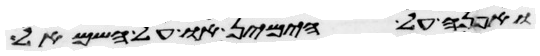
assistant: ואפנה על הימין או על השמאל